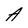
Character: A